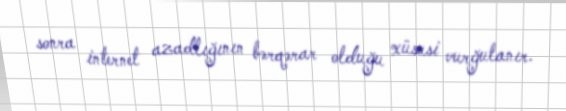
sonra internet azadlığının bərqərar olduğu xüsusi vurğulanır.